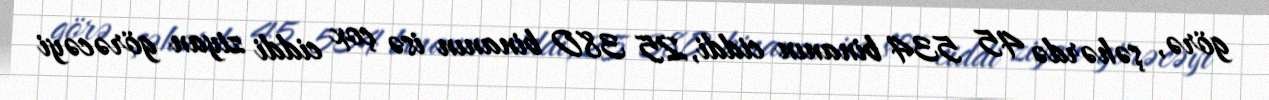
görə, şəhərdə 45 534 binanın ciddi, 25 380 binanın isə çox ciddi ziyan görəcəyi